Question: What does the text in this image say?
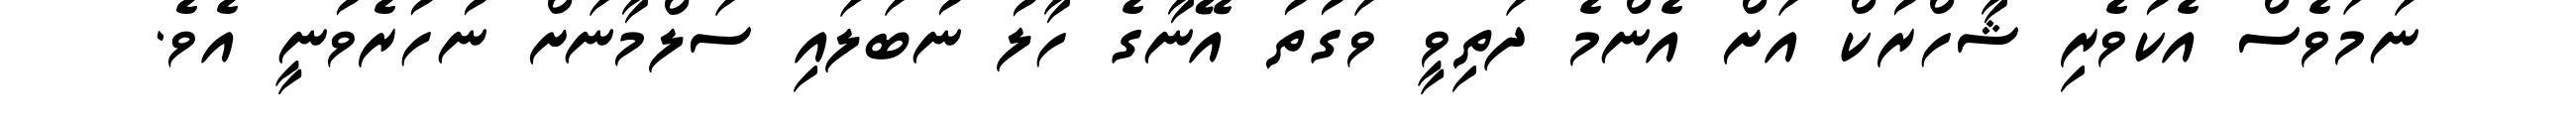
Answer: ނަމަވެސް އެކުވެރި ޝާހްރުކް އަށް އެންމެ ދަތިވީ ވަގުތު އޭނާގެ ހާލު ނުބަލައި ސަލްމާނަށް ނުހުރެވުނީ އެވެ.